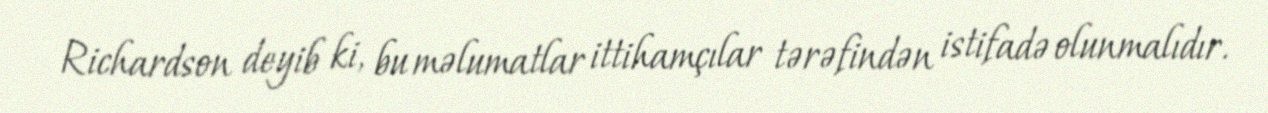
Richardson deyib ki, bu məlumatlar ittihamçılar tərəfindən istifadə olunmalıdır.